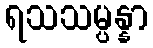
ရသသမ္ပန္နာ